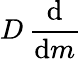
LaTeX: D\, {\frac{\mathrm{d}}{\mathrm{d}m}}